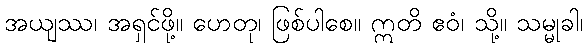
အယျဿ၊ အရှင်ဖို့။ ဟေတု၊ ဖြစ်ပါစေ။ ဣတိ ဧဝံ၊ သို့။ သမ္မုခါ၊